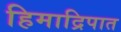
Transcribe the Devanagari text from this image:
हिमाद्रिपात